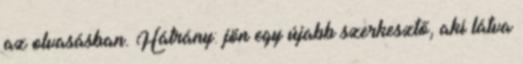
az olvasásban. Hátrány: jön egy újabb szerkesztő, aki látva